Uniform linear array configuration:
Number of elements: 32
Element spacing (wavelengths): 0.75
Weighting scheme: blackman
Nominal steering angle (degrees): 45
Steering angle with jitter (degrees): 45.987
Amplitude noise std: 0.05
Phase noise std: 0.05

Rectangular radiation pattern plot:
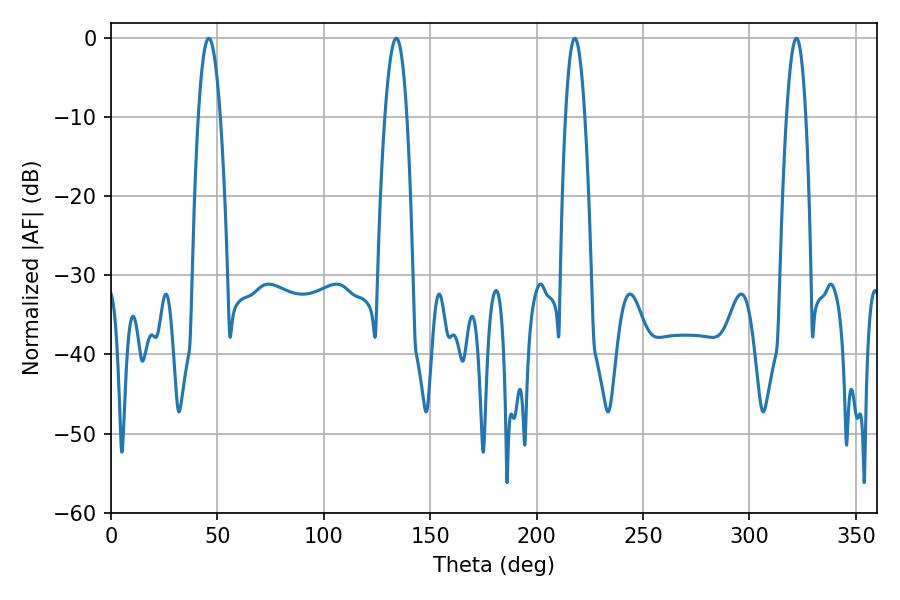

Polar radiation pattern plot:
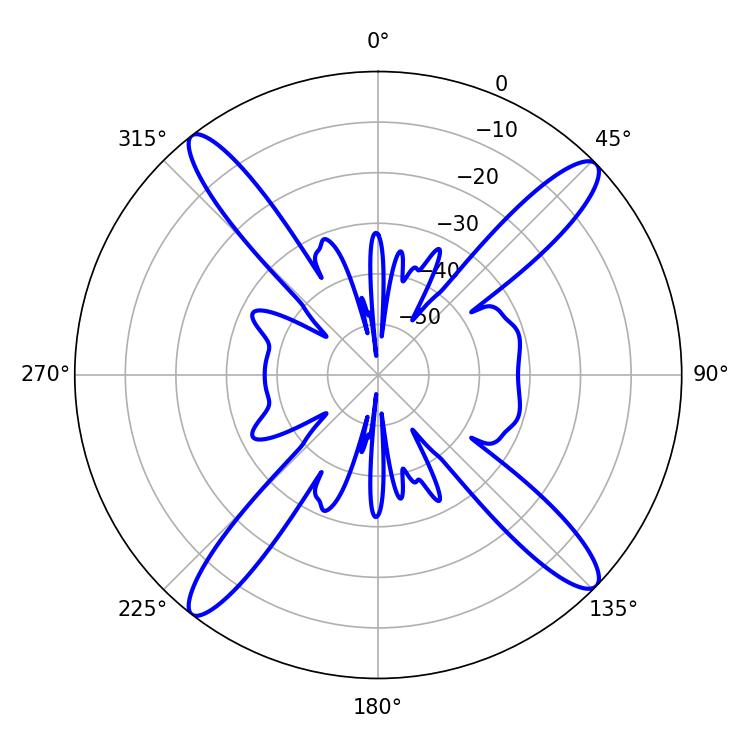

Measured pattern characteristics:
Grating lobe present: TRUE
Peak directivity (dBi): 17.162
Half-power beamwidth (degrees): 5.58
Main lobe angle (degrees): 45.9